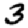
Digit: 3